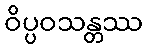
ဝိပ္ပဝသန္တဿ